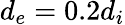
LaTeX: d_{e}=0.2d_{i}